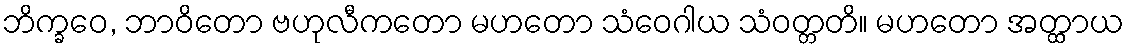
ဘိက္ခဝေ, ဘာဝိတော ဗဟုလီကတော မဟတော သံဝေဂါယ သံဝတ္တတိ။ မဟတော အတ္ထာယ